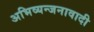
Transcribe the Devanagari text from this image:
अभिव्यन्जनावादी